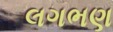
લગભણ